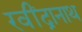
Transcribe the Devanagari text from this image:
रवींद्रानाथ